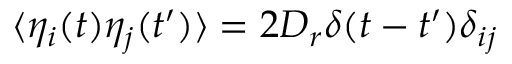
\langle \eta _ { i } ( t ) \eta _ { j } ( t ^ { \prime } ) \rangle = 2 D _ { r } \delta ( t - t ^ { \prime } ) \delta _ { i j }